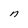
Character: n